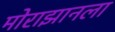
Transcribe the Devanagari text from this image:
मोराझानला